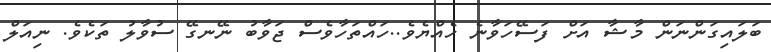
ބަލައިގަންނަން މާޝާ އަށް ފަސޭހަވާނެ ހެއްޔެވެ..ހައްތަހާވެސް ޖަވާބު ނޭނގޭ ސުވާލު ތަކެވެ. ނިއަލް